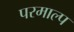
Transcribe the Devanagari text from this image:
परमाल्प